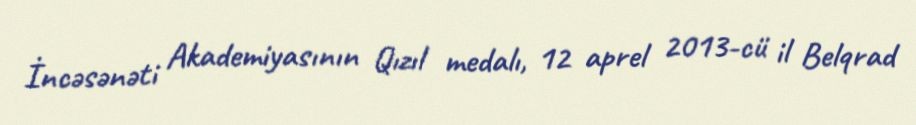
İncəsənəti Akademiyasının Qızıl medalı, 12 aprel 2013-cü il Belqrad